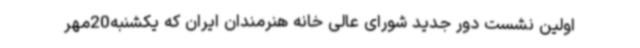
اولین نشست دور جدید شورای عالی خانه هنرمندان ایران که یکشنبه20مهر